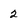
Character: 2